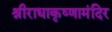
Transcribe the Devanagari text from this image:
श्रीराधाकृष्णामंदिर